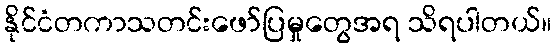
နိုင်ငံတကာသတင်းဖော်ပြမှုတွေအရ သိရပါတယ်။